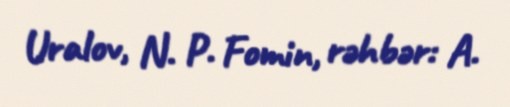
Uralov, N. P. Fomin, rəhbər: A.